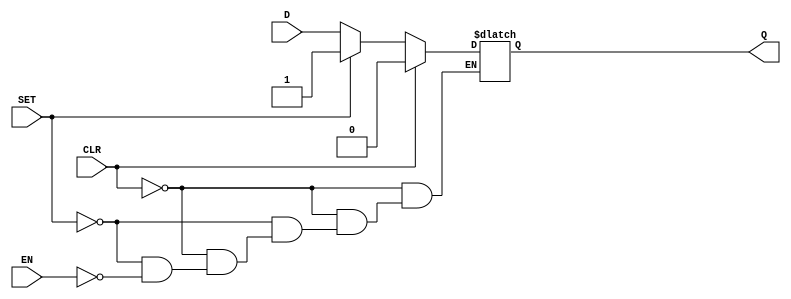
/* Generated by Yosys 0.20 (git sha1 4fcb95ed087, clang  -fPIC -Os) */

(* dynports =  1  *)
(* src = "dlatch.v:1.1-15.10" *)
module m_0(CLR, D, EN, Q, SET);
  (* src = "dlatch.v:7.19-7.20" *)
  input CLR;
  wire CLR;
  (* src = "dlatch.v:7.19-7.20" *)
  input D;
  wire D;
  (* src = "dlatch.v:6.7-6.9" *)
  input EN;
  wire EN;
  (* src = "dlatch.v:8.24-8.25" *)
  output Q;
  reg Q;
  (* src = "dlatch.v:7.19-7.20" *)
  input SET;
  wire SET;
  (* src = "dlatch.v:10.1-13.4" *)
  always @*
    if (CLR) Q = 1'b0;
    else if (SET) Q = 1'b1;
    else if (EN) Q = D;
endmodule